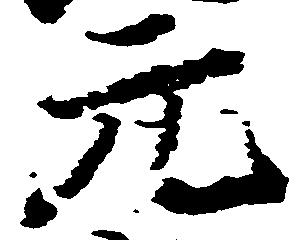
元